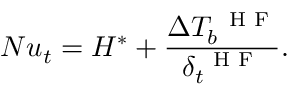
N u _ { t } = H ^ { * } + \frac { \Delta T _ { b } ^ { \mathrm { ~ \scriptsize ~ H ~ F ~ } } } { \delta _ { t } ^ { \mathrm { ~ \scriptsize ~ H ~ F ~ } } } .